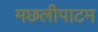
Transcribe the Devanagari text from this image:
मछलीपाटम